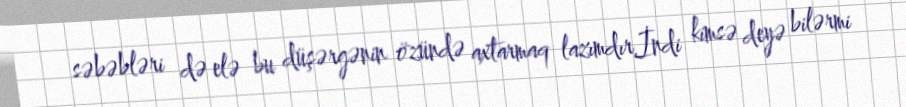
səbəbləri də elə bu düşərgənin özündə axtarmaq lazımdır.İndi kimsə deyə bilərmi